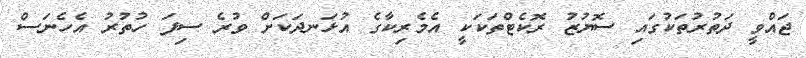
ޖައްވީ ދަތުރުތަކުގައި ސޮޔުޒު ރޮކެޓްތަކަކީ އެމެރިކާގެ އުޅަނދަކަށް ވުރެ ސިފަ ހުތުރު އެހެނަސް